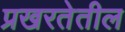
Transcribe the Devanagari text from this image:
प्रखरतेतील